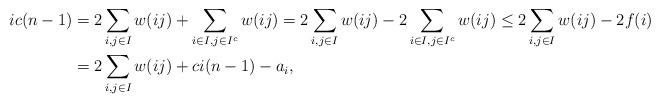
LaTeX: \begin{align*}ic(n-1) &= 2\sum_{i, j \in I}w(ij) + \sum_{i \in I, j \in I^{c}}w(ij)= 2\sum_{i, j \in I}w(ij) - 2\sum_{i \in I, j \in I^{c}}w(ij)\le 2\sum_{i, j \in I}w(ij) - 2f(i)\\&= 2\sum_{i,j\in I}w(ij) + ci(n-1) - a_{i},\end{align*}